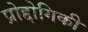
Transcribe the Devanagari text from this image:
प्रोद्दोगिकी